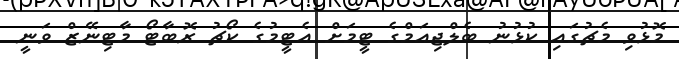
މޮޅުވި މެޗުގައި ކުޅުނު ބެލްޖިއަމްގެ ޓީމަށް އެޓީމުގެ ކޯޗު ރޮބާޓޯ މާޓިނޭޒް ވަނީ